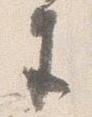
生